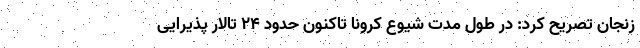
زنجان تصریح کرد: در طول مدت شیوع کرونا تاکنون حدود ۲۴ تالار پذیرایی